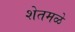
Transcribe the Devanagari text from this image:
शेतमळे